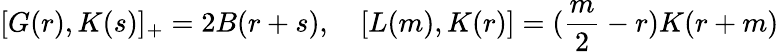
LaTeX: [G(r),K(s)]_{+}=2B(r+s),\quad[L(m),K(r)]=(\frac{m}{2}-r)K(r+m)